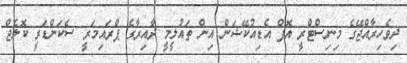
ދިވެހިރާއްޖޭގެ މިނިސްޓްރީ އޮފް އެޑިއުކޭޝަން އިން ތައުލީމީ ދާއިރާގެ ޕްރައިމަރީ ސެކަންޑަރީ ކޮލެޖް